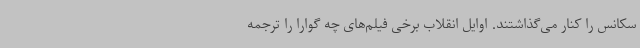
سکانس را کنار می‌گذاشتند. اوایل انقلاب برخی فیلم‌های چه گوارا را ترجمه